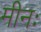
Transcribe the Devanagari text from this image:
मीनः